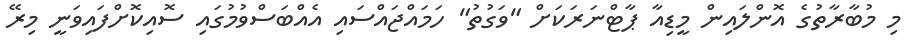
މި މުބާރާތުގެ އޮންލައިން މީޑިއާ ޕާޓްނަރަކަށް "ވަގުތު" ހަމައްޖައްސައި އެއްބަސްވުމުގައި ސޮއިކޮށްފައިވަނީ މިރޭ